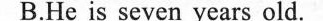
B.He is seven years old.